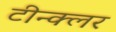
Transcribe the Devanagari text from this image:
टीन्क्लर